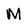
Character: M